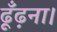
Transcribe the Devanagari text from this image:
ढूँढ़ना।